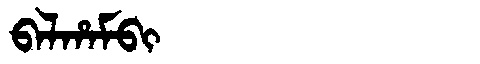
Manchu: ᠪᠠᠯᡥᠠᠮᠪᡳ
Romanization: BALHAMBI